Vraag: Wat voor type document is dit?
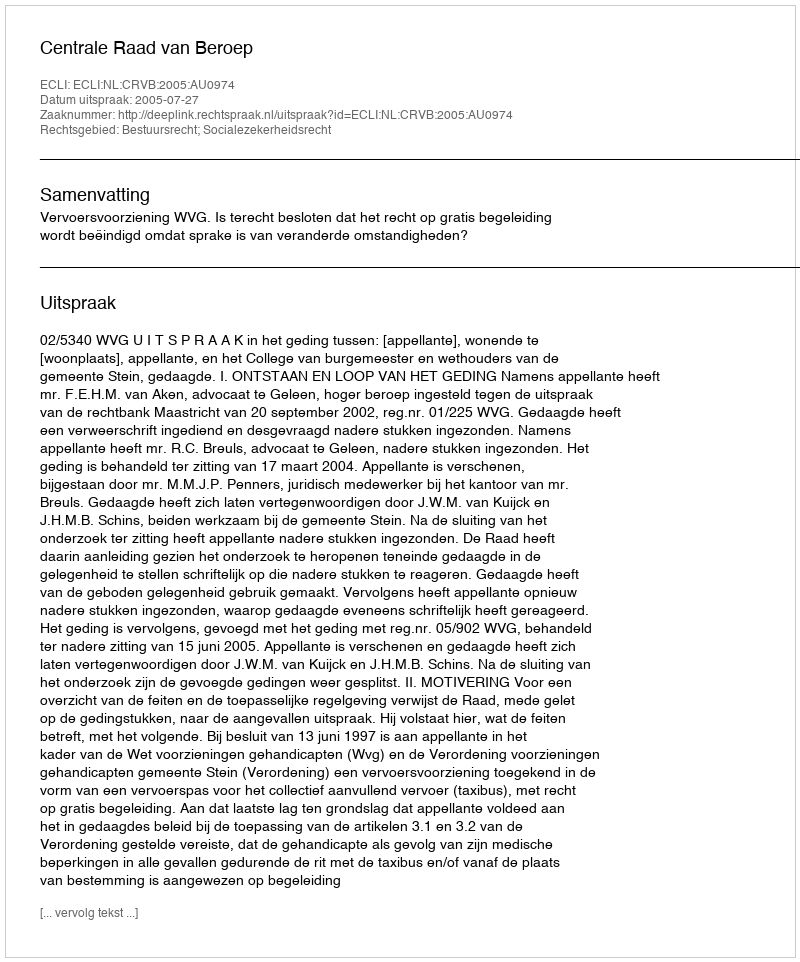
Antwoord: Uitspraak